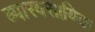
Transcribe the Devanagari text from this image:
व्यारवसायिक